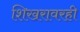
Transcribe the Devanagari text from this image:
शिखरावरही